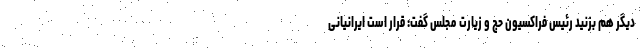
دیگر هم بزنید رئیس فراکسیون حج و زیارت مجلس گفت: قرار است ایرانیانی